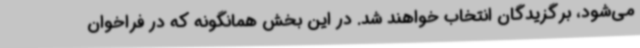
می‌شود، برگزیدگان انتخاب خواهند شد. در این بخش همانگونه که در فراخوان